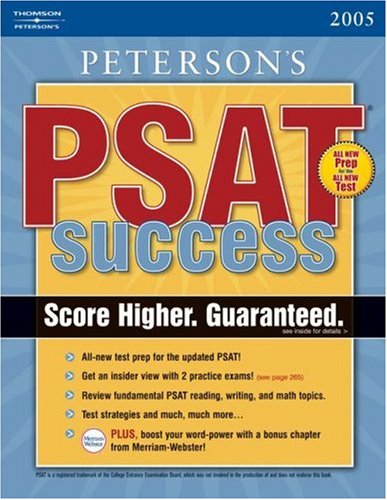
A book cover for PSAT Success 2005 (Peterson's Master the PSAT/Nmsq); Peterson's; Test Preparation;